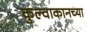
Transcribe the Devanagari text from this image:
कुल्वाकानच्या